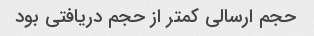
حجم ارسالی کمتر از حجم دریافتی بود